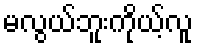
မလွယ်ဘူးကိုယ့်လူ